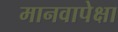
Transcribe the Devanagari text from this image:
मानवापेक्षा